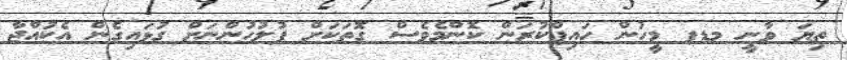
ތިޔަ ވާނީ މޑޕ މީހުން ހައިޕްކުރަން ކޮންމެވެސް ގޮތަކަށް ފުލުހުންނަށް ގުޅައިގެން އެކުއްޖާ